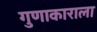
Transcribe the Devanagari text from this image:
गुणाकाराला